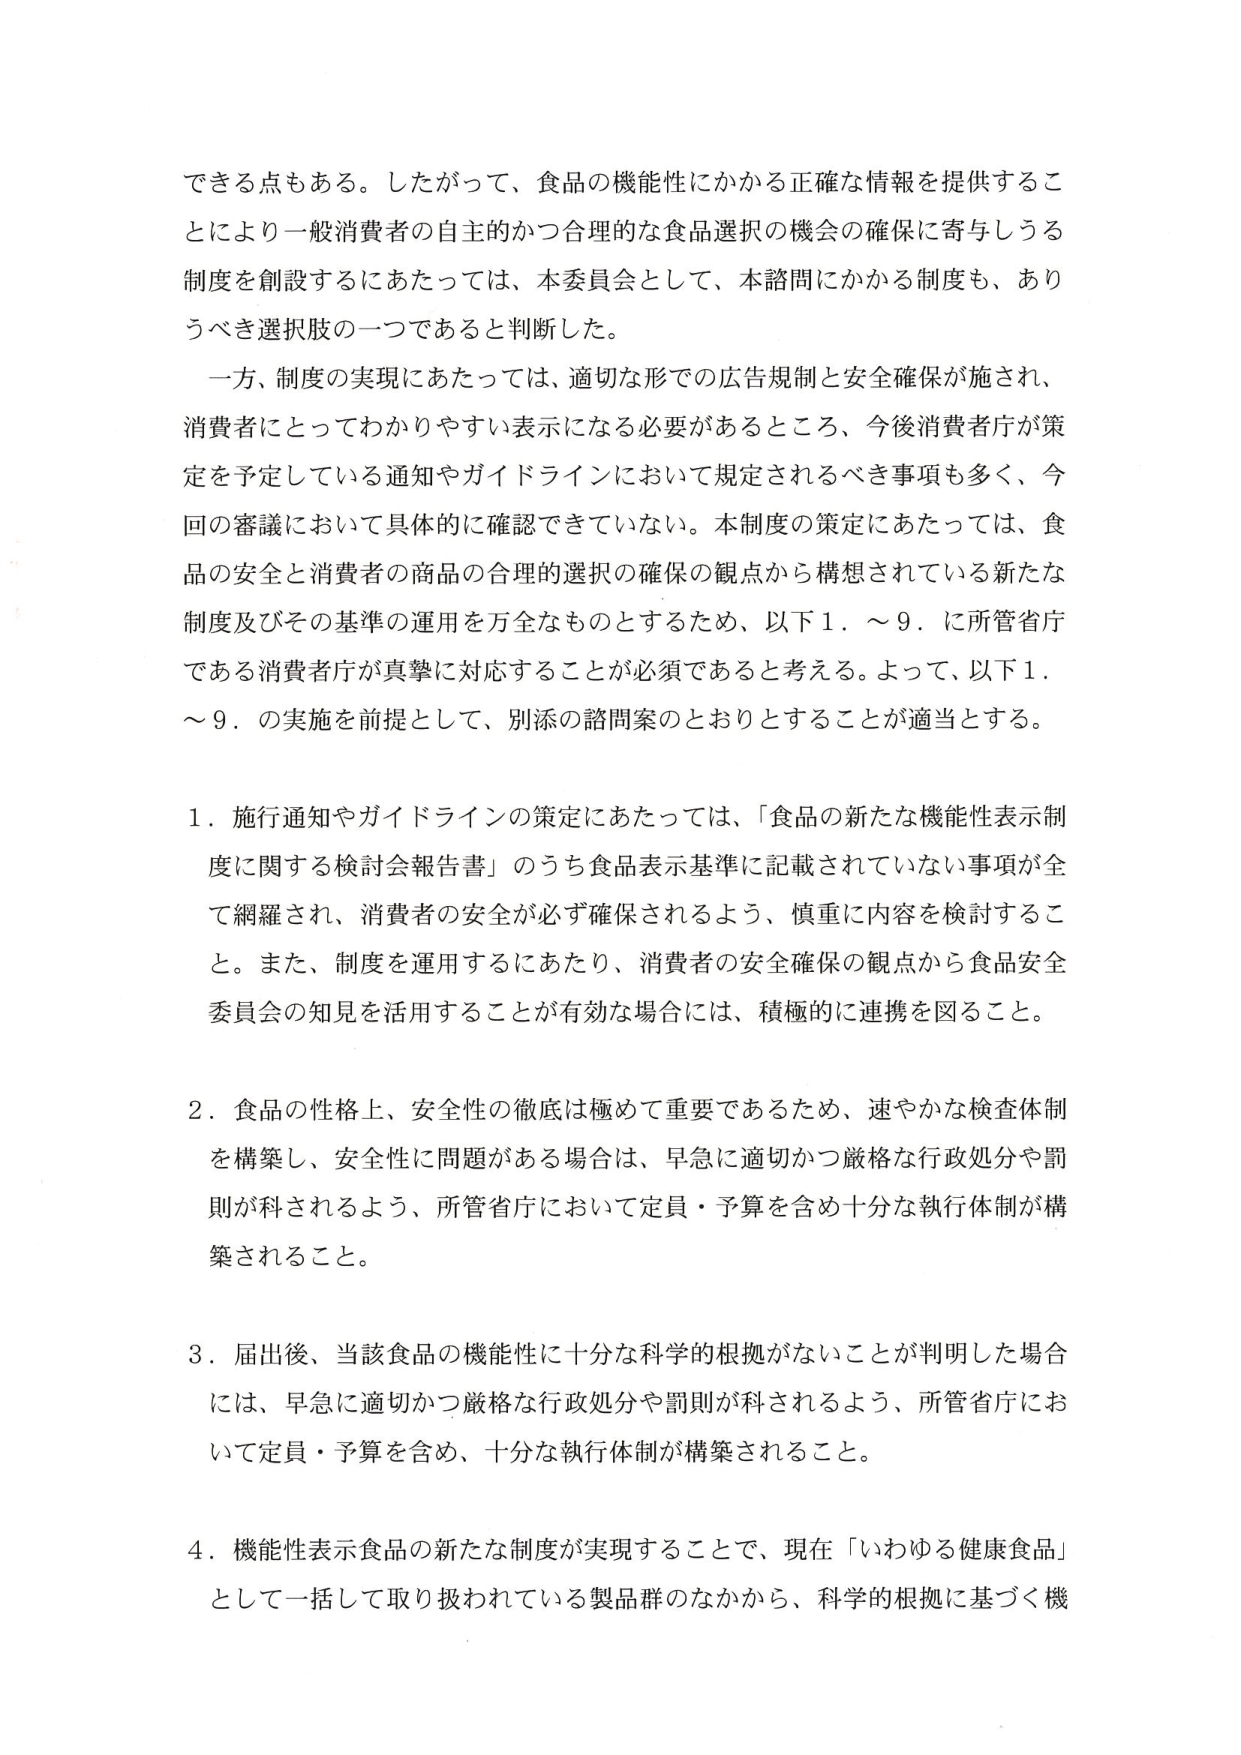
できる点もある。したがって、食品の機能性にかかる正確な情報を提供することにより一般消費者の自主的かつ合理的な食品選択の機会の確保に寄与しうる制度を創設するにあたっては、本委員会として、本諮問にかかる制度も、ありうべき選択肢の一つであると判断した。

一方、制度の実現にあたっては、適切な形での広告規制と安全確保が施され、消費者にとってわかりやすい表示になる必要があるところ、今後消費者庁が策定を予定している通知やガイドラインにおいて規定されるべき事項も多く、今回の審議において具体的に確認できていない。本制度の策定にあたっては、食品の安全と消費者の商品の合理的選択の確保の観点から構想されている新たな制度及びその基準の運用を万全なものとするため、以下1．～9．に所管省庁である消費者庁が真摯に対応することが必須であると考える。よって、以下1．～9．の実施を前提として、別添の諮問案のとおりとすることが適当とする。

1．施行通知やガイドラインの策定にあたっては、「食品の新たな機能性表示制度に関する検討会報告書」のうち食品表示基準に記載されていない事項が全て網羅され、消費者の安全が必ず確保されるよう、慎重に内容を検討すること。また、制度を運用するにあたり、消費者の安全確保の観点から食品安全委員会の知見を活用することが有効な場合には、積極的に連携を図ること。

2．食品の性格上、安全性の徹底は極めて重要であるため、速やかな検査体制を構築し、安全性に問題がある場合は、早急に適切かつ厳格な行政処分や罰則が科されるよう、所管省庁において定員・予算を含め十分な執行体制が構築されること。

3．届出後、当該食品の機能性に十分な科学的根拠がないことが判明した場合には、早急に適切かつ厳格な行政処分や罰則が科されるよう、所管省庁において定員・予算を含め、十分な執行体制が構築されること。

4．機能性表示食品の新たな制度が実現することで、現在「いわゆる健康食品」として一括して取り扱われている製品群のなかから、科学的根拠に基づく機